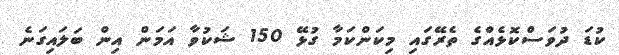
ކުޑަ ދުވަސްކޮޅެއްގެ ތެރޭގައި މިކަންކަމާ ގުޅޭ 150 ޝަކުވާ އަމަން އިން ބަލައިގަނެ